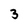
Character: 3